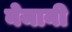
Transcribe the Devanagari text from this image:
नेमानी